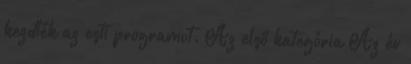
kezdték az esti programot. Az első kategória Az év